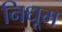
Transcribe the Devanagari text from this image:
निधूम